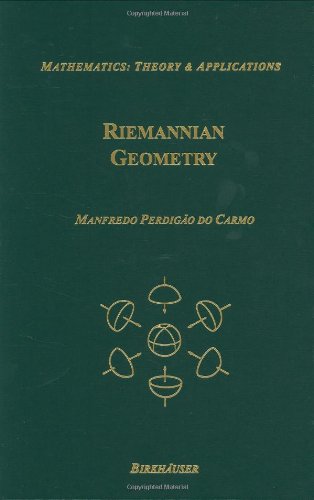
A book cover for Riemannian Geometry; Manfredo do Carmo; Science & Math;